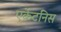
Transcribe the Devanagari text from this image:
एर्केटनिस